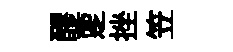
醪覂挫笠